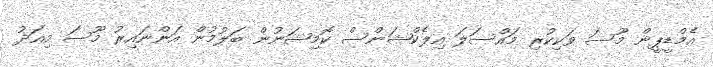
އެމްޑީޕީން މޫސަ ވަކިކުރި މައްސަލަ އިލެކްޝަންސް ކޮމިޝަނުން ބަލުމުން އަންނައިރު މޫސަ މިއަދު